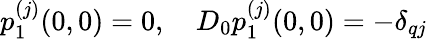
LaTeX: \begin{array}{r}{p_{1}^{(j)}(0,0)=0,\quad D_{0}p_{1}^{(j)}(0,0)=-\delta_{qj}}\end{array}